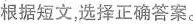
根据短文,选择正确答案.